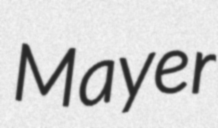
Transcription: Mayer